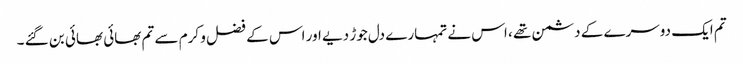
تم ایک دوسرے کے دشمن تھے ، اس نے تمہارے دل جوڑ دیے اور اس کے فضل و کرم سے تم بھائی بھائی بن گئے ۔